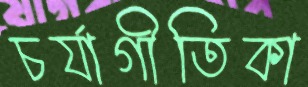
চর্যাগীতিকা